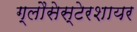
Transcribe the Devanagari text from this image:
ग्लौसेस्टेरशायर